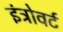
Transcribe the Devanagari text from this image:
इंट्रोवर्ट